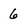
Character: 6